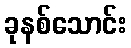
ခုနစ်သောင်း